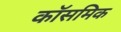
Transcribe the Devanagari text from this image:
कॉसमिक